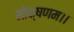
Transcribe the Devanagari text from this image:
मोक्षणम।।